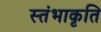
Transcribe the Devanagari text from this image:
स्तंभाकृति